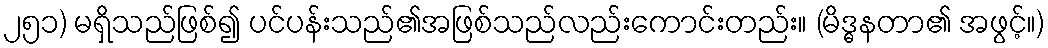
၂၅၁) မရှိသည်ဖြစ်၍ ပင်ပန်းသည်၏အဖြစ်သည်လည်းကောင်းတည်း။ (မိဒ္ဓနတာ၏ အဖွင့်။)